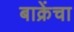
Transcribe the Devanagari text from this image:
बाक्रेंचा